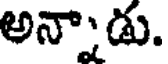
అన్నాడు.